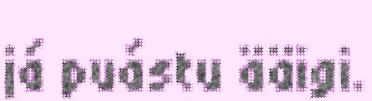
já puástu ääigi.